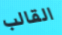
القالب